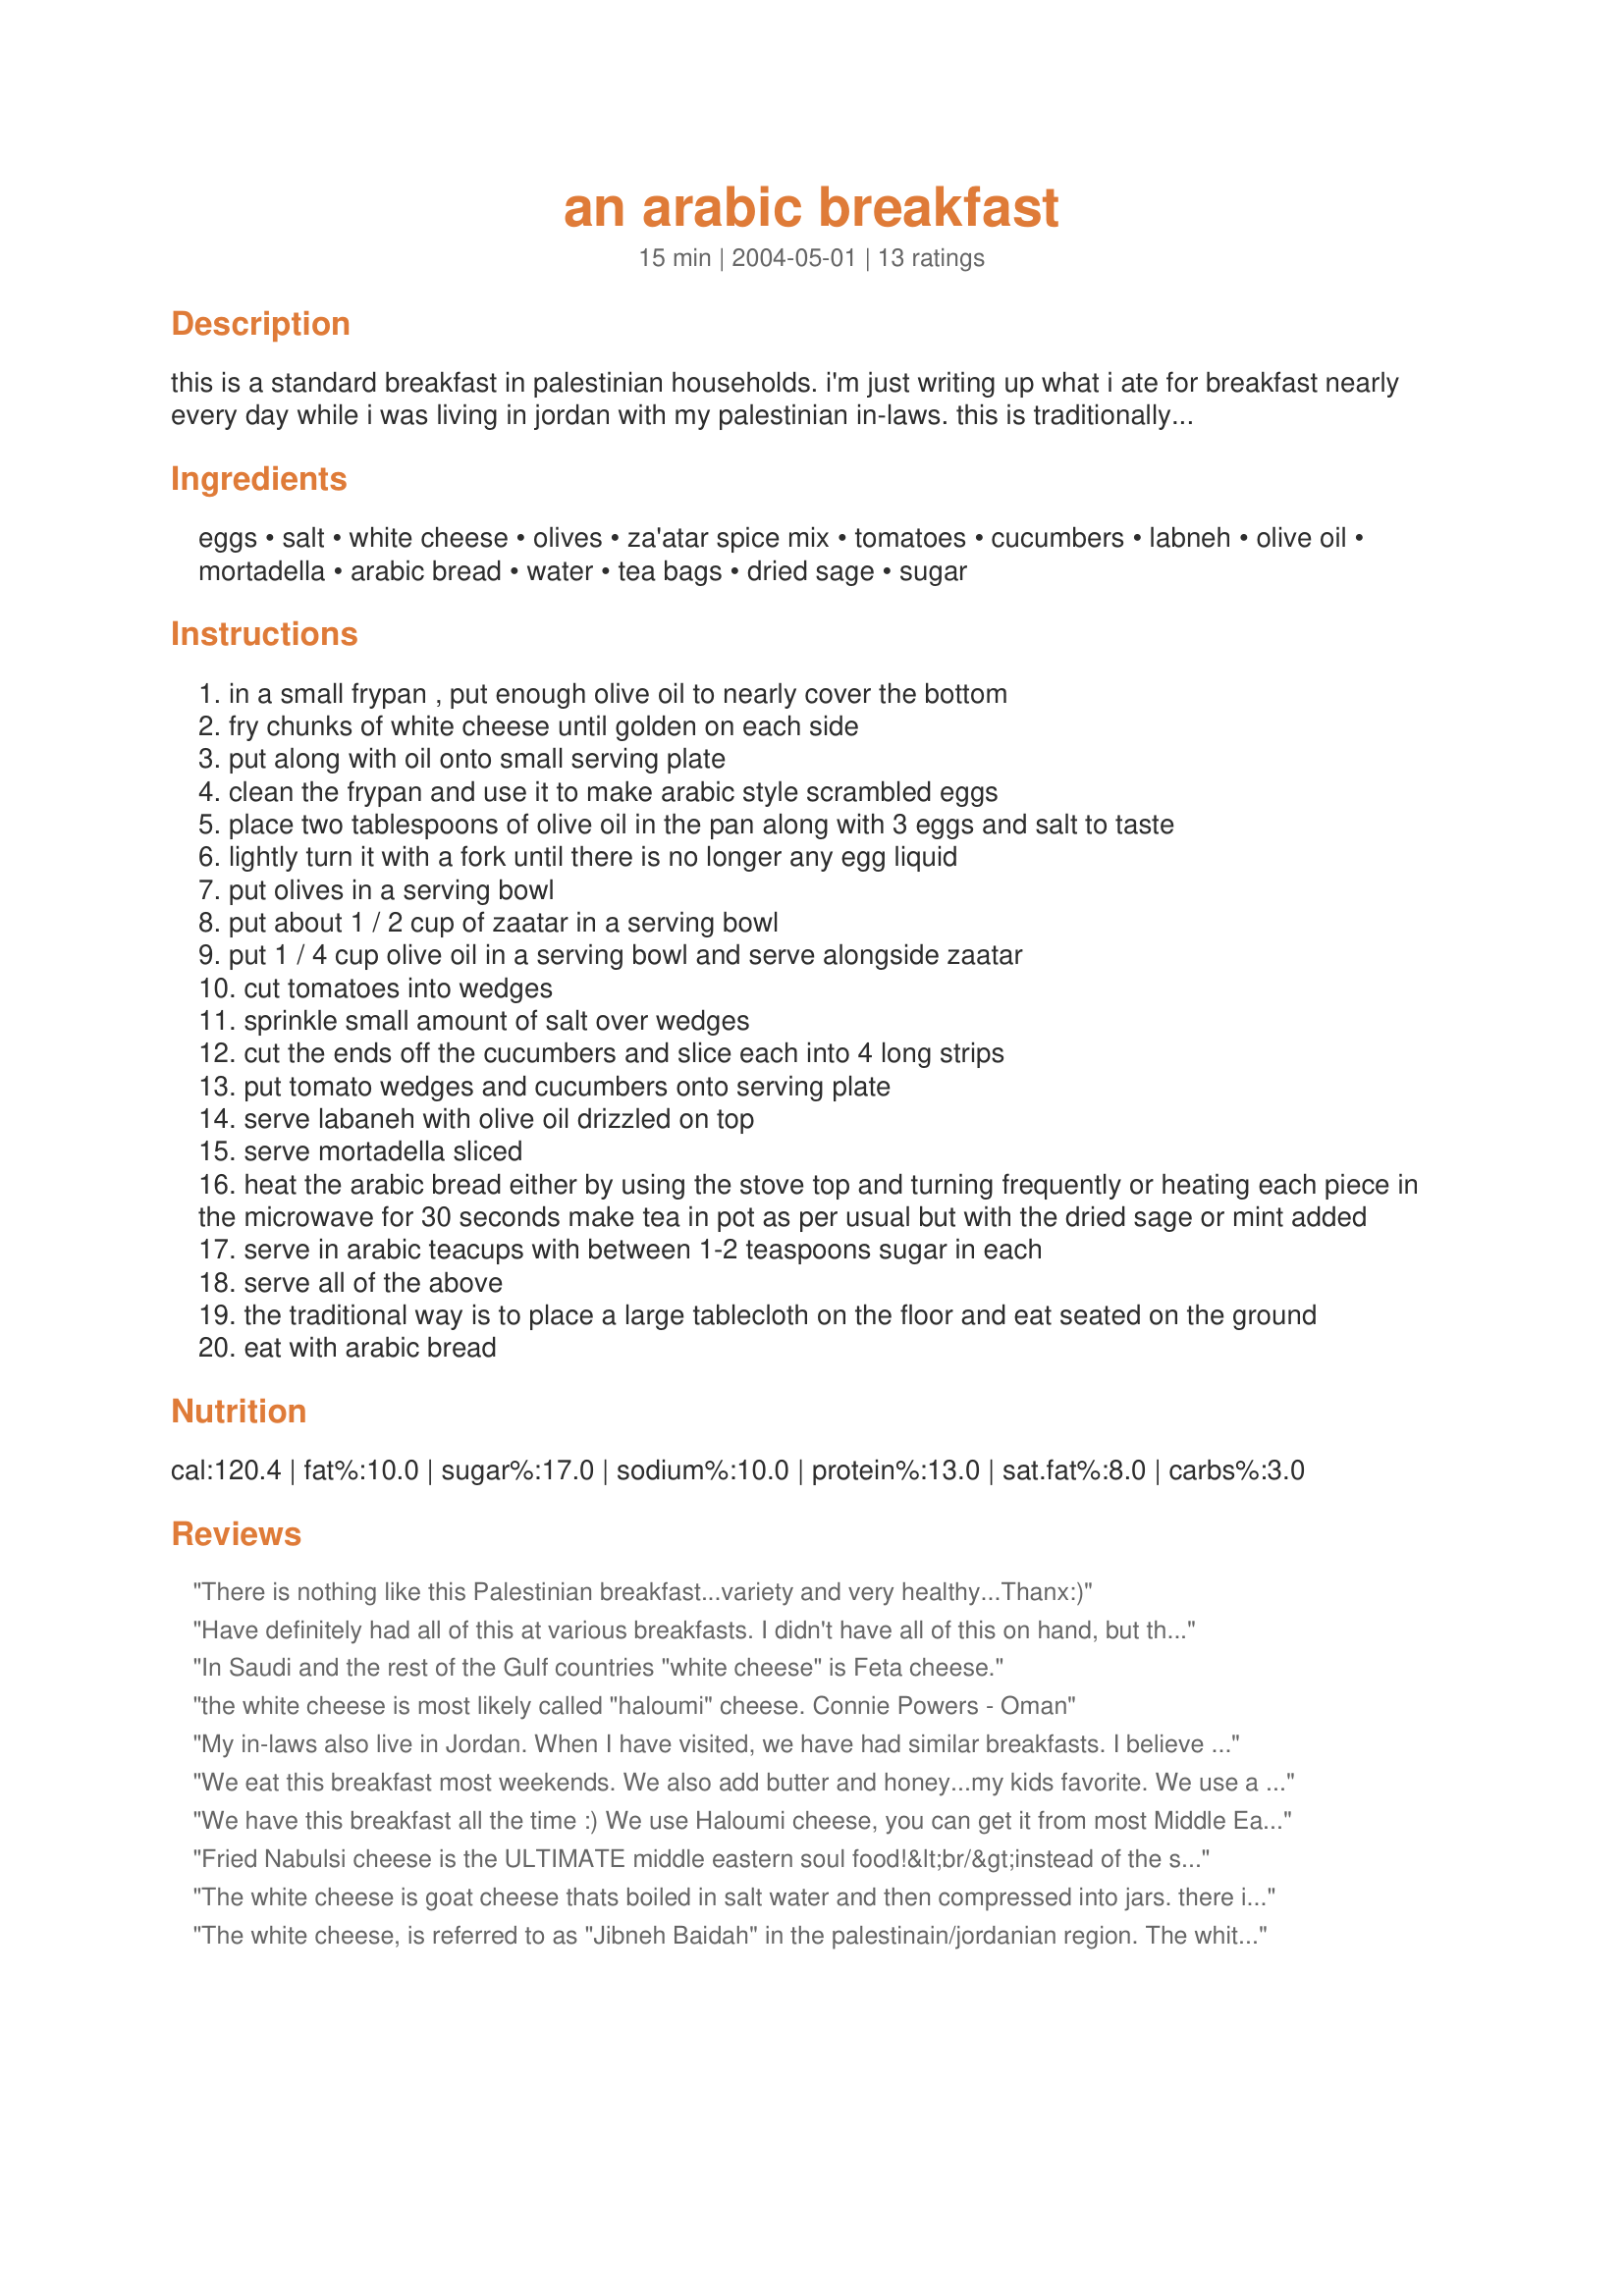
an arabic breakfast
Preparation time: 15 minutes

this is a standard breakfast in palestinian households. i'm just writing up what i ate for breakfast nearly every day while i was living in jordan with my palestinian in-laws. this is traditionally eaten on the ground, laid out on a tablecloth, with the people grouped around. all of the ingredients are optional (except for the olive oil and tea of course!). palestinians normally just round up whatever they've got in the house at the moment -- this is the complete version! i've listed white cheese here, this is the standard cheese for palestinians. i only know it by this name, if anybody knows another, more specific name, could you please tell me?

Ingredients:
eggs, salt, white cheese, olives, za'atar spice mix, tomatoes, cucumbers, labneh, olive oil, mortadella, arabic bread, water, tea bags, dried sage, sugar

Steps:
in a small frypan , put enough olive oil to nearly cover the bottom
fry chunks of white cheese until golden on each side
put along with oil onto small serving plate
clean the frypan and use it to make arabic style scrambled eggs
place two tablespoons of olive oil in the pan along with 3 eggs and salt to taste
lightly turn it with a fork until there is no longer any egg liquid
put olives in a serving bowl
put about 1 / 2 cup of zaatar in a serving bowl
put 1 / 4 cup olive oil in a serving bowl and serve alongside zaatar
cut tomatoes into wedges
sprinkle small amount of salt over wedges
cut the ends off the cucumbers and slice each into 4 long strips
put tomato wedges and cucumbers onto serving plate
serve labaneh with olive oil drizzled on top
serve mortadella sliced
heat the arabic bread either by using the stove top and turning frequently or heating each piece in the microwave for 30 seconds make tea in pot as per usual but with the dried sage or mint added
serve in arabic teacups with between 1-2 teaspoons sugar in each
serve all of the above
the traditional way is to place a large tablecloth on the floor and eat seated on the ground
eat with arabic bread

Reviews:
There is nothing like this Palestinian breakfast...variety and very healthy...Thanx:)
Have definitely had all of this at various breakfasts. I didn't have all of this on hand, but this post was a great guideline to help remember what to prepare. Very authentic!
In Saudi and the rest of the Gulf countries "white cheese" is Feta cheese.
the white cheese is most likely called "haloumi" cheese.

Connie Powers - Oman
My in-laws also live in Jordan. When I have visited, we have had similar breakfasts. I believe the cheese you are referring to is "Haloumi" cheese. But, yes, they simply call it white cheese. It's so delicious! It's one of my favorite things. I've never had anything like it before. It's preserved with salt. So, it must be soaked in water prior to cooking it to release some of the salt. (It's still salty, but deliciously so.)
We eat this breakfast most weekends. We also add butter and honey...my kids favorite. We use a cheese called spanish cheese we get from arabic grocery stores, but I don't fry it. I have seen "frying cheese" but everytime I try to fry it, it melts :( In anycase this is a great breakfast and there is somthing for every taste!
We have this breakfast all the time :) We use Haloumi cheese, you can get it from most Middle East grocery stores. I also make hummos for the side or Menakeesh.
Fried Nabulsi cheese is the ULTIMATE middle eastern soul food!&lt;br/&gt;instead of the scrambled eggs, I served Shakshouka. :)&lt;br/&gt;This was beautifully authentic!
The white cheese is goat cheese thats boiled in salt water and then compressed into jars. there is really no specific name for it has Palestinians call it "Jibneh Badah" which is only translated into "white cheese" Its not Feta, or Haloumi. but those are also used in Arabic meals.
The white cheese, is referred to as "Jibneh Baidah" in the palestinain/jordanian region. The white cheese is usually home made as with the olives set on the the table for breakfast for in the middle east, most people take pride in making homemade cheese, olives and pickles. It usually a salty cheese very similiar to the white spanish cheese. The middle eastern stores in the states that sell commercially made white cheese will usually have the packages reading...Spanish Cheese. Jibneh Baidah can refer to just about any white cheese. Another type of white cheese enjoyed in this region is laughing cow cheese.
or it could be kaskaval
I was introduced to this divine breakfast in 1971 in Nazareth. What a wonderful start to the day. When I lived in Egypt the white cheese, or 'gibna baydah' in Arabic, was feta made from goat's milk. Egyptians told me that the best labneh is made from water buffalo milk.
Authentic Arabic breakfast.
